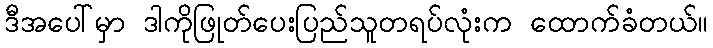
ဒီအပေါ်မှာ ဒါကိုဖြုတ်ပေးပြည်သူတရပ်လုံးက ထောက်ခံတယ်။